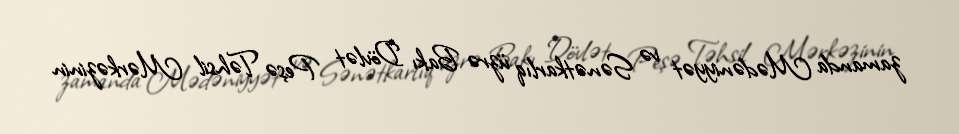
zamanda Mədəniyyət və Sənətkarlıq üzrə Bakı Dövlət Peşə Təhsil Mərkəzinin